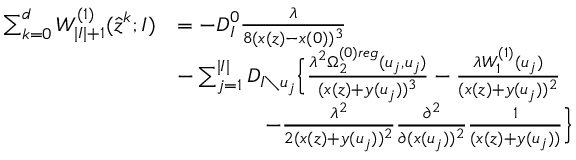
\begin{array} { r l } { \sum _ { k = 0 } ^ { d } W _ { | I | + 1 } ^ { ( 1 ) } ( \hat { z } ^ { k } ; I ) } & { = - D _ { I } ^ { 0 } \frac { \lambda } { 8 ( x ( z ) - x ( 0 ) ) ^ { 3 } } } \\ & { - \sum _ { j = 1 } ^ { | I | } D _ { I \setminus u _ { j } } \Big \{ \frac { \lambda ^ { 2 } \Omega _ { 2 } ^ { ( 0 ) r e g } ( u _ { j } , u _ { j } ) } { ( x ( z ) + y ( u _ { j } ) ) ^ { 3 } } - \frac { \lambda W _ { 1 } ^ { ( 1 ) } ( u _ { j } ) } { ( x ( z ) + y ( u _ { j } ) ) ^ { 2 } } } \\ & { \qquad \qquad - \frac { \lambda ^ { 2 } } { 2 ( x ( z ) + y ( u _ { j } ) ) ^ { 2 } } \frac { \partial ^ { 2 } } { \partial ( x ( u _ { j } ) ) ^ { 2 } } \frac { 1 } { ( x ( z ) + y ( u _ { j } ) ) } \Big \} } \end{array}